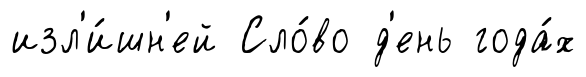
изл'и́шн'ей Сло́во д'ень года́х